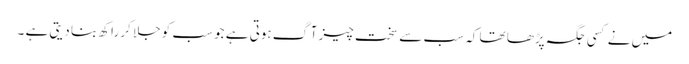
میں نے کسی جگہ پڑھا تھا کہ سب سے سخت چیز آگ ہوتی ہے جو سب کو جلا کر راکھ بنا دیتی ہے ۔